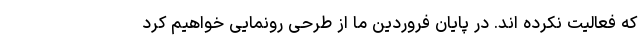
که فعالیت نکرده اند. در پایان فروردین ما از طرحی رونمایی خواهیم کرد